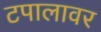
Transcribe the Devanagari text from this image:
टपालावर